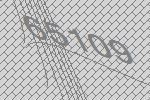
65109